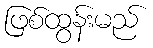
ဖြစ်ထွန်းမည်